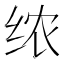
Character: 𫄣